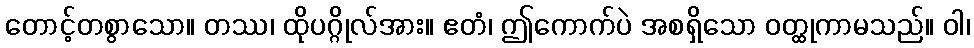
တောင့်တစွာသော။ တဿ၊ ထိုပဂ္ဂိုလ်အား။ ဧတံ၊ ဤကောက်ပဲ အစရှိသော ဝတ္ထုကာမသည်။ ဝါ၊